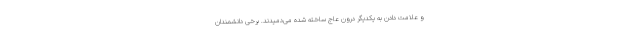
و علامت دادن به یکدیگر درون عاج ساخته شده می‌دمیدند. برخی دانشمندان